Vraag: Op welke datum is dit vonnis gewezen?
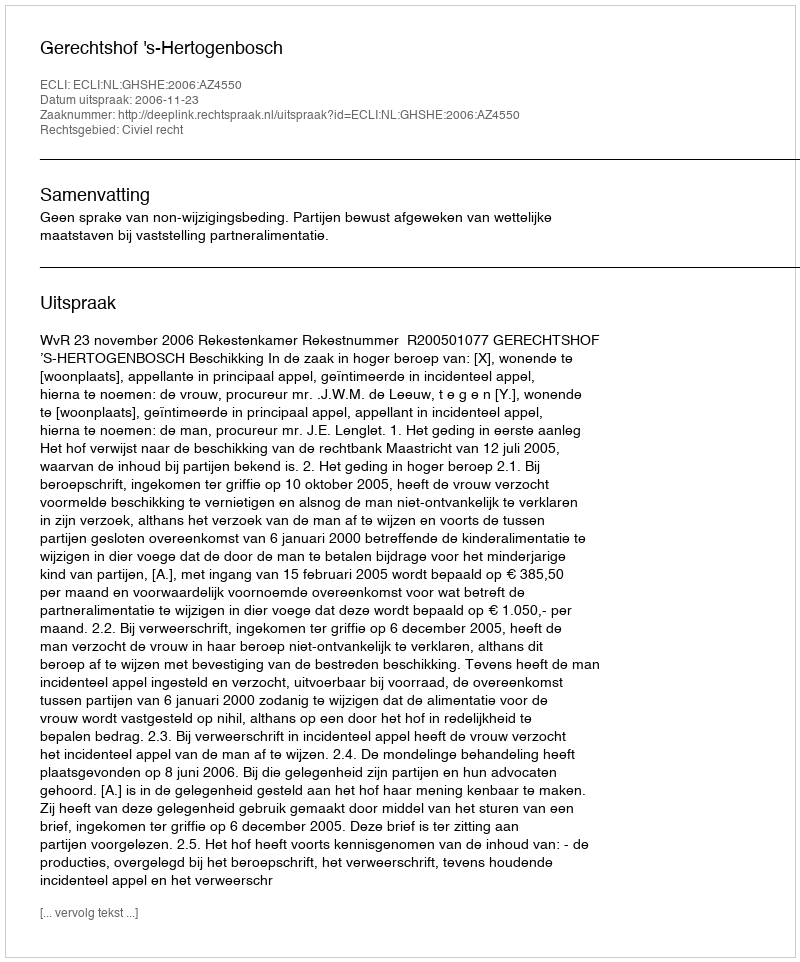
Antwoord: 2006-11-23